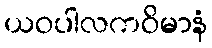
ယဝပါလကဝိမာနံ